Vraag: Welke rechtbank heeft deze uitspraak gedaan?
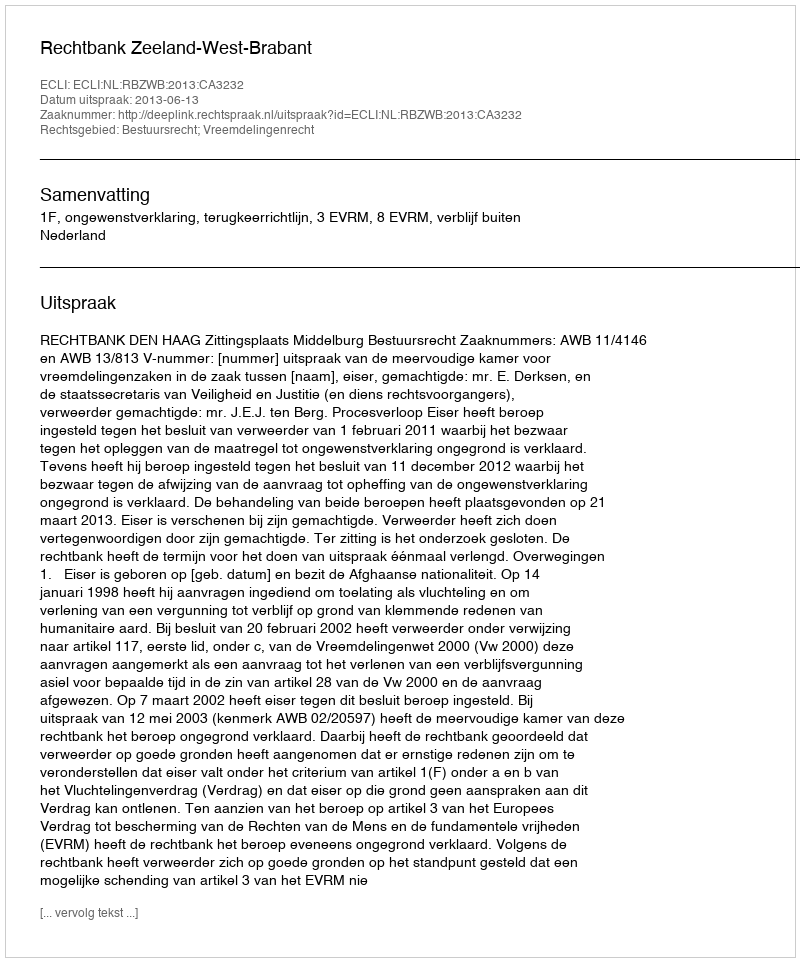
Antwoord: Rechtbank Zeeland-West-Brabant